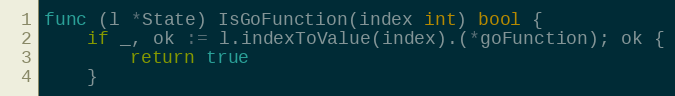
Language: Go
func (l *State) IsGoFunction(index int) bool {
	if _, ok := l.indexToValue(index).(*goFunction); ok {
		return true
	}